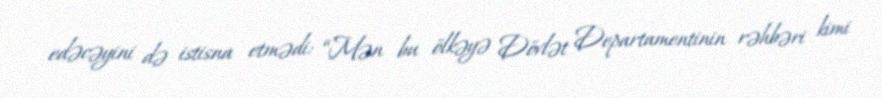
edəcəyini də istisna etmədi: “Mən bu ölkəyə Dövlət Departamentinin rəhbəri kimi